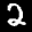
Label: 2